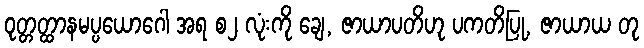
ဝုတ္တတ္ထာနမပ္ပယောဂေါ အရ စ၂ လုံးကို ချေ, ဇာယာပတိဟု ပကတိပြု, ဇာယာယ တု